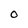
Character: O